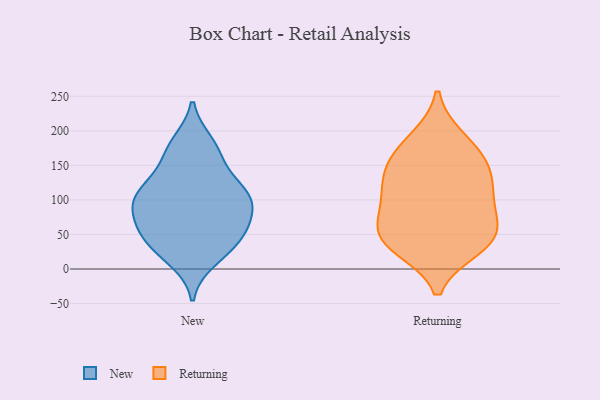
{"axis": {"x": "Website Visitors", "y": "Value"}, "legend": ["New", "Returning"], "data": [{"x": "", "y": 30, "type": "New"}, {"x": "", "y": 119, "type": "New"}, {"x": "", "y": 152, "type": "New"}, {"x": "", "y": 183, "type": "New"}, {"x": "", "y": 59, "type": "New"}, {"x": "", "y": 173, "type": "New"}, {"x": "", "y": 103, "type": "New"}, {"x": "", "y": 104, "type": "New"}, {"x": "", "y": 114, "type": "New"}, {"x": "", "y": 83, "type": "New"}, {"x": "", "y": 13, "type": "New"}, {"x": "", "y": 67, "type": "New"}, {"x": "", "y": 97, "type": "New"}, {"x": "", "y": 52, "type": "New"}, {"x": "", "y": 39, "type": "New"}, {"x": "", "y": 55, "type": "Returning"}, {"x": "", "y": 91, "type": "Returning"}, {"x": "", "y": 95, "type": "Returning"}, {"x": "", "y": 37, "type": "Returning"}, {"x": "", "y": 143, "type": "Returning"}, {"x": "", "y": 48, "type": "Returning"}, {"x": "", "y": 109, "type": "Returning"}, {"x": "", "y": 46, "type": "Returning"}, {"x": "", "y": 32, "type": "Returning"}, {"x": "", "y": 134, "type": "Returning"}, {"x": "", "y": 149, "type": "Returning"}, {"x": "", "y": 188, "type": "Returning"}, {"x": "", "y": 176, "type": "Returning"}]}